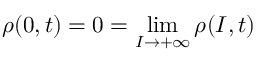
\rho ( 0 , t ) = 0 = \operatorname* { l i m } _ { I \to + \infty } \rho ( I , t )